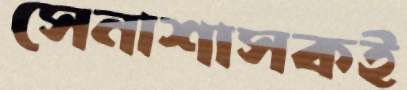
সেনাশাসকই